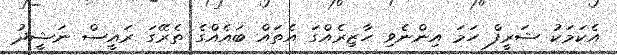
އެކަމަކު ޝަރީފް ހަމަ އިންނެވި ހާޒިރެއްގަ އެތައް ބައެއްގެ ތެރޭގަ ރައީސް ނަޝީދު